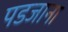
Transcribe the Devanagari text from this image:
पडजाना